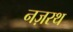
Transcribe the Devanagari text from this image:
नज़रथ